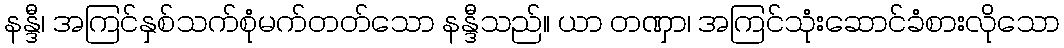
နန္ဒီ၊ အကြင်နှစ်သက်စုံမက်တတ်သော နန္ဒီသည်။ ယာ တဏှာ၊ အကြင်သုံးဆောင်ခံစားလိုသော